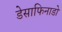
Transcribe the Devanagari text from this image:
डेसाफिनाडो